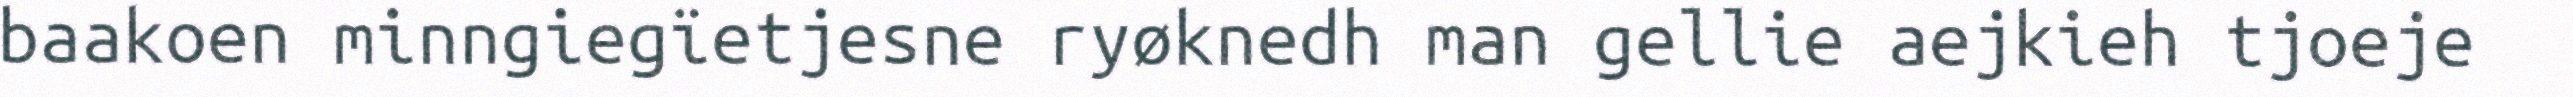
baakoen minngiegïetjesne ryøknedh man gellie aejkieh tjoeje